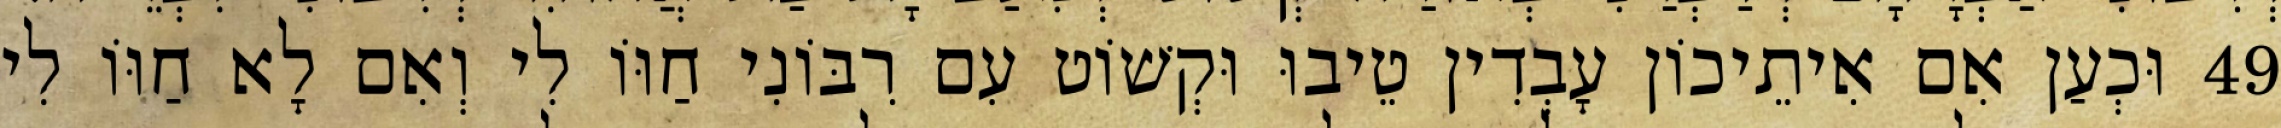
49 וּכְעַן אִם אִיתֵיכוֹן עָבְדִין טֵיבוּ וּקְשׁוֹט עִם רִבּוֹנִי חַוּוֹ לִי וְאִם לָא חַוּוֹ לִי